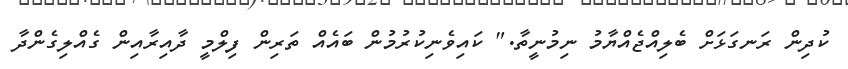
ކުދިން ރަނގަޅަށް ބެލިއްޖެއްޔާމު ނިމުނީތާ." ކައިވެނިކުރުމުން ބައެއް ތަރިން ފިލްމީ ދާއިރާއިން ގެއްލިގެންދާ